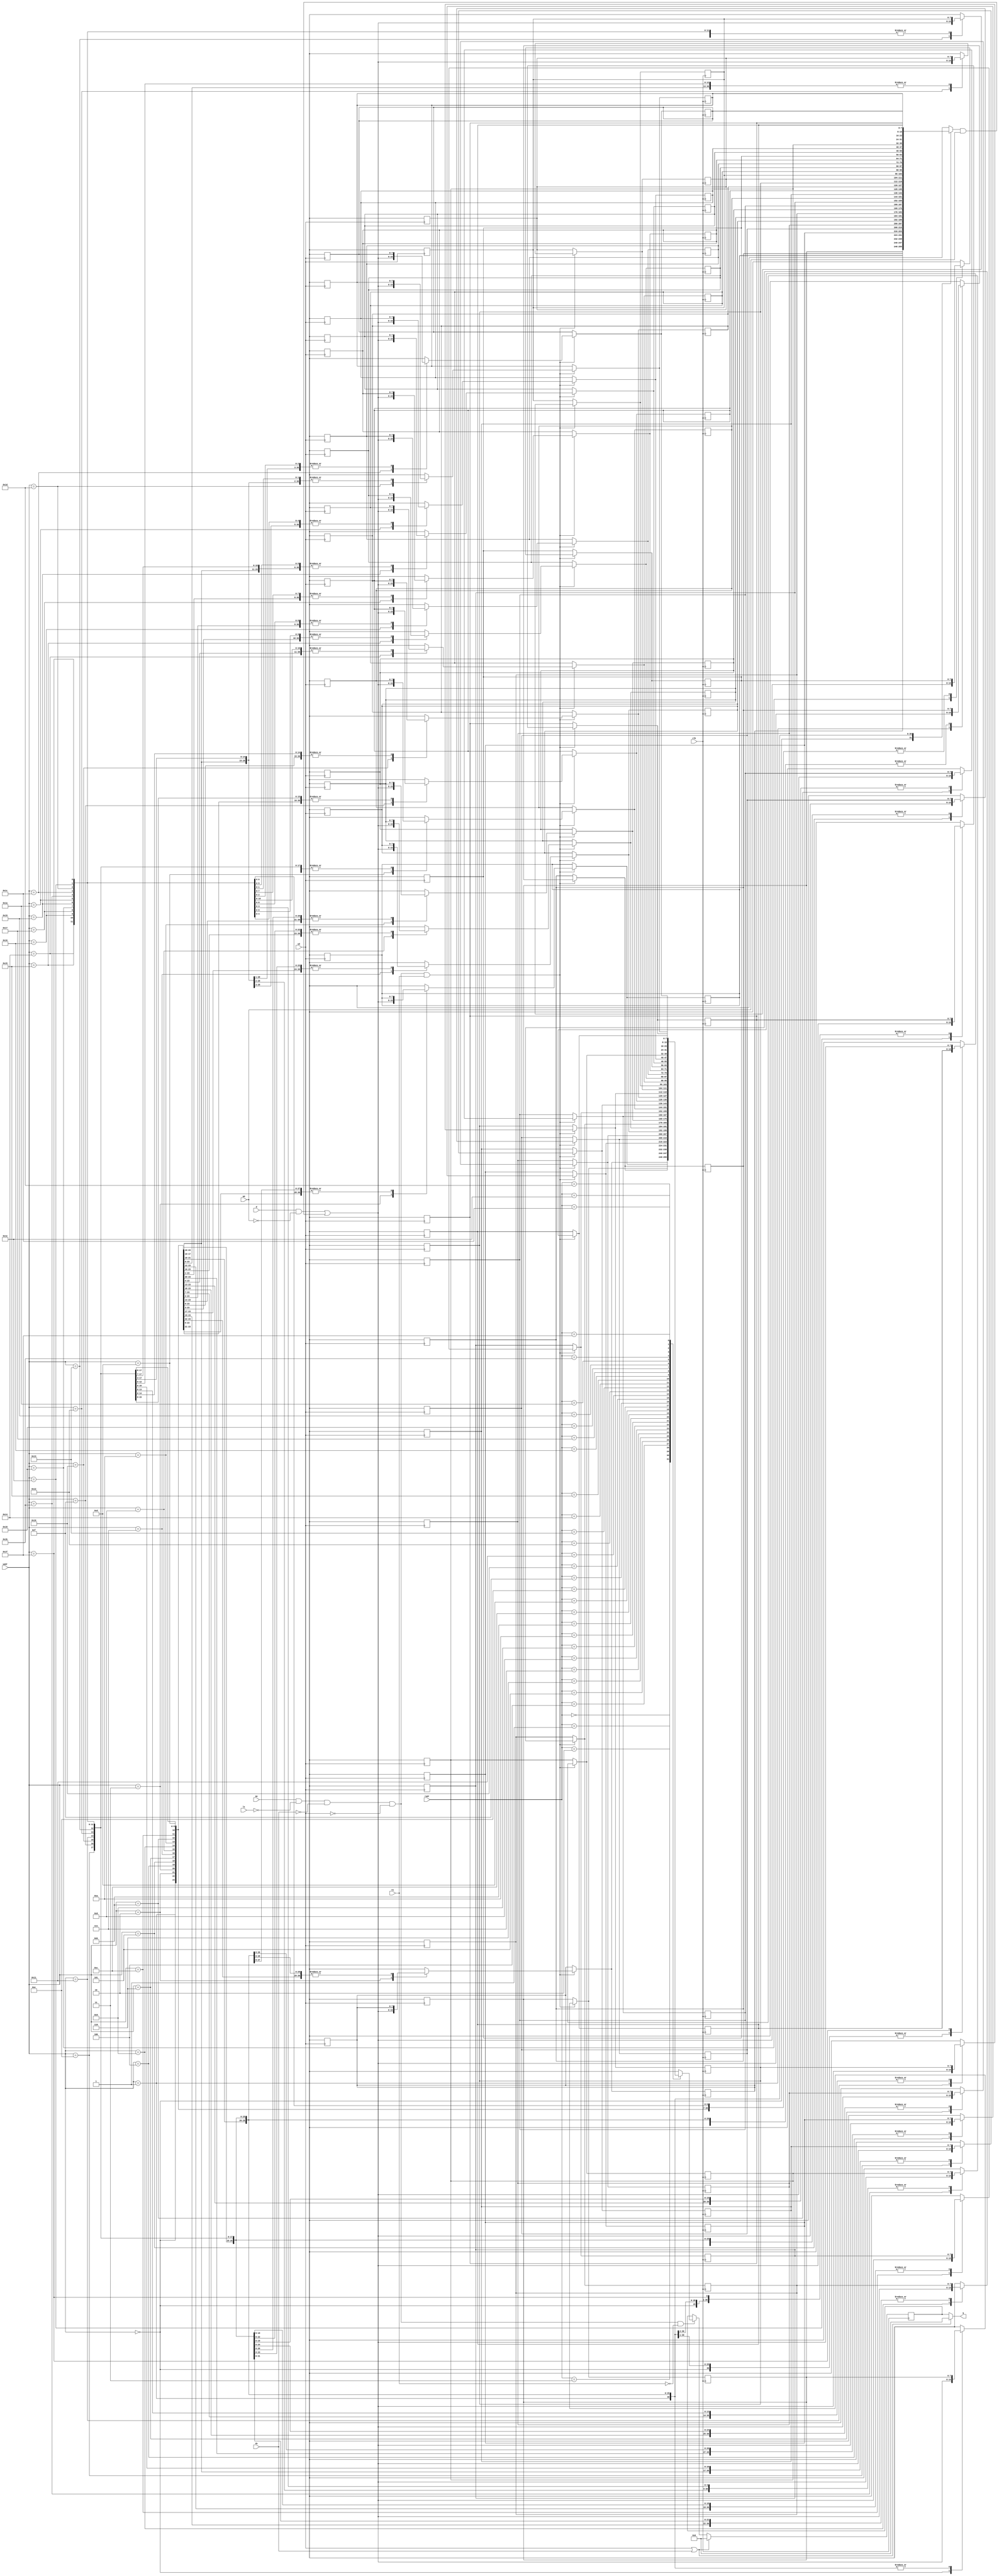
//------------------------------------------------------------------------------
// Catapult Synthesis - Sample I/O Port Library
//
// Copyright (c) 2003-2015 Mentor Graphics Corp.
//       All Rights Reserved
//
// This document may be used and distributed without restriction provided that
// this copyright statement is not removed from the file and that any derivative
// work contains this copyright notice.
//
// The design information contained in this file is intended to be an example
// of the functionality which the end user may study in preparation for creating
// their own custom interfaces. This design does not necessarily present a 
// complete implementation of the named protocol or standard.
//
//------------------------------------------------------------------------------

//=========================================================================================
// SINGLE PORT SYNCHRONOUS MEMORY
//  -- Models cycle accurate behaviour
//  -- No memory hazard / coruption  is modeled  
//  -- Models Advanced Power Modes (Light Sleep, Deep Sleep, Shutdown) 
//  -- Models bit-level write bitmask (if mask bit is 1 then write is not done on that bit)
//  -- Models write-through behavior
//==========================================================================================

module calypto_mem_1p (q, clk, me, rw, wm, wadr, radr, d, ls , ds, sd);
parameter AW = 5;
parameter DW = 8;
parameter NW = 1<<AW;
parameter WT = 0;  // set to 1 for synchronous write through feature
parameter ds_sd_zero = 1;
parameter UHD_arch = 0;
parameter READ_BEFORE_WRITE = 0;
parameter LS_DEPTH = 1;
parameter TCSEP = 0.001;
parameter WC_CORRUPT_OVERLAP_BITS = 0;
parameter RC_CORRUPT_ALL_BITS = 0;
parameter RC_CORRUPT_WRITE = 0;

   
output [DW-1:0] q; //read data

input clk; // clock positive edge triggered
input me;  // memory is off when me == 0
input rw;  // write happens if  1 else read happens
input [AW-1:0] wadr; // write address 
input [AW-1:0] radr; // read  address 
input [DW-1:0] d; //write data
input [DW-1:0] wm;  // write mask. if write mode and wm[bit]==1, then that bit is not written
input ls;   // lightsleep
input ds;   // deep sleep
input sd;   // shut down


wire [DW-1:0] din;
reg [DW-1:0] rd_ff;
reg [DW-1:0] mem_core_array [0:(1<<AW)-1];
reg      ls_int;
   

`ifndef CALYPTO_SYNTH
integer i;
always @(posedge sd )
begin
  for ( i = 0 ; i < NW ; i = i + 1 )
  begin
    mem_core_array[i] = {DW{1'bX}};
  end
end
   always @(ls)
     ls_int = ls;
`else

(* ls_regs *)   reg [LS_DEPTH-1:0] ls_regs;
integer i;

   generate
      if ( LS_DEPTH < 2)
	begin
	   always @ ( posedge clk)
             ls_regs = ls;
        end
      else
	begin
	   always @ ( posedge clk)
             ls_regs = {ls_regs[LS_DEPTH-2:0], ls};
        end
   endgenerate

   always @(*)
     begin
	ls_int = ls;
	for (i=0; i<LS_DEPTH; i = i + 1)
	  begin
	     ls_int = ls_int | ls_regs[i];
	  end
     end
   
`endif

wire sel_pwr = sd | ds;
wire cs_int = me & !ls_int & !ds & !sd;
wire wen = cs_int & rw  ;
wire ren = cs_int & ~rw;

assign q = (sel_pwr) ? ((ds_sd_zero) ? {DW{1'b0}} : {DW{1'bX}}) : rd_ff;

assign din = (d & ~wm) | ( mem_core_array[wadr] & wm);

always @(posedge clk ) begin
   if (wen ) 
      mem_core_array[wadr] = din;
   if (sel_pwr ) 
     rd_ff = ds_sd_zero ? {DW{1'b0}} : {DW{1'bX}};
   else if (WT ? (wen | ren) : ren)
     rd_ff = mem_core_array[radr];
end


endmodule